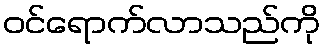
ဝင်ရောက်လာသည်ကို